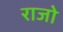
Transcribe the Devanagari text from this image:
राजो